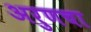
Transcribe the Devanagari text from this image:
अरुणचा